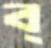
ব্